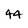
Character: 4